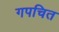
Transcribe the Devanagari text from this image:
गपचित